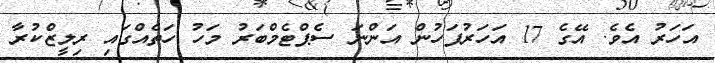
އަހަރު އެވެ. އޭގެ 17 އަހަރުފަހުން އަންނަ ސެޕްޓެމްބަރު މަހު ހަތެއްގައި ރިލީޒްކުރާ